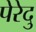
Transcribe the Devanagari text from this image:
पेरेदु